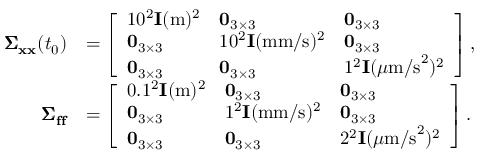
\begin{array} { r l } { \pmb { \Sigma } _ { \mathbf { x } \mathbf { x } } ( t _ { 0 } ) } & { = \left[ \begin{array} { l l l } { 1 0 ^ { 2 } \mathbf { I } ( \mathrm { m } ) ^ { 2 } } & { \mathbf { 0 } _ { 3 \times 3 } } & { \mathbf { 0 } _ { 3 \times 3 } } \\ { \mathbf { 0 } _ { 3 \times 3 } } & { 1 0 ^ { 2 } \mathbf { I } ( \mathrm { m m / s } ) ^ { 2 } } & { \mathbf { 0 } _ { 3 \times 3 } } \\ { \mathbf { 0 } _ { 3 \times 3 } } & { \mathbf { 0 } _ { 3 \times 3 } } & { 1 ^ { 2 } \mathbf { I } ( \mu \mathrm { m / s } ^ { 2 } ) ^ { 2 } } \end{array} \right] , } \\ { \pmb { \Sigma } _ { \mathbf { f } \mathbf { f } } } & { = \left[ \begin{array} { l l l } { 0 . 1 ^ { 2 } \mathbf { I } ( \mathrm { m } ) ^ { 2 } } & { \mathbf { 0 } _ { 3 \times 3 } } & { \mathbf { 0 } _ { 3 \times 3 } } \\ { \mathbf { 0 } _ { 3 \times 3 } } & { 1 ^ { 2 } \mathbf { I } ( \mathrm { m m / s } ) ^ { 2 } } & { \mathbf { 0 } _ { 3 \times 3 } } \\ { \mathbf { 0 } _ { 3 \times 3 } } & { \mathbf { 0 } _ { 3 \times 3 } } & { 2 ^ { 2 } \mathbf { I } ( \mu \mathrm { m / s } ^ { 2 } ) ^ { 2 } } \end{array} \right] . } \end{array}